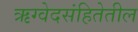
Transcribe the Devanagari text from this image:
ऋग्वेदसंहितेतील